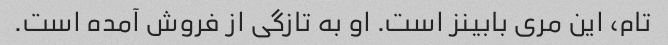
تام، این مری بابینز است. او به تازگی از فروش آمده است.